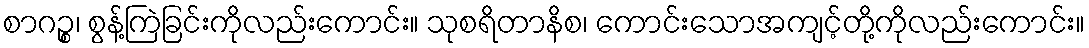
စာဂဉ္စ၊ စွန့်ကြဲခြင်းကိုလည်းကောင်း။ သုစရိတာနိစ၊ ကောင်းသောအကျင့်တို့ကိုလည်းကောင်း။